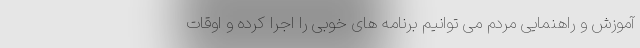
آموزش و راهنمایی مردم می توانیم برنامه های خوبی را اجرا کرده و اوقات